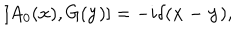
[ A _ { 0 } ( { \bf x } ) , G ( { \bf y } ) ] = - i \delta ( { \bf x - y } ) ,